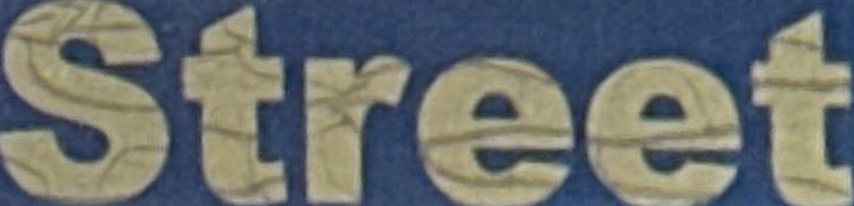
Street